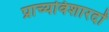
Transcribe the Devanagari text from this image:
प्राच्यविशारदों